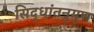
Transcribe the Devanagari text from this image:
सिद्धांतनुगुण